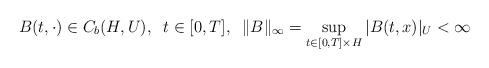
LaTeX: \begin{align*}B(t, \cdot) \in C_b(H,U),\;\; t \in [0,T],\;\; \| B\|_{\infty} = \sup_{t \in [0,T] \times H} |B(t,x)|_U < \infty\end{align*}